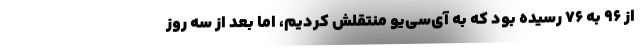
از ۹۶ به ۷۶ رسیده بود که به آی‌سی‌یو منتقلش کردیم، اما بعد از سه روز